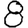
Digit: 8